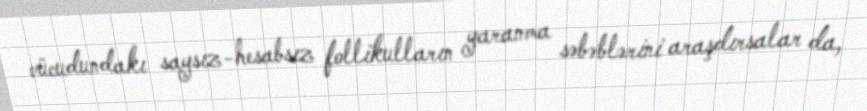
vücudundakı saysız-hesabsız follikulların yaranma səbəblərini araşdırsalar da,